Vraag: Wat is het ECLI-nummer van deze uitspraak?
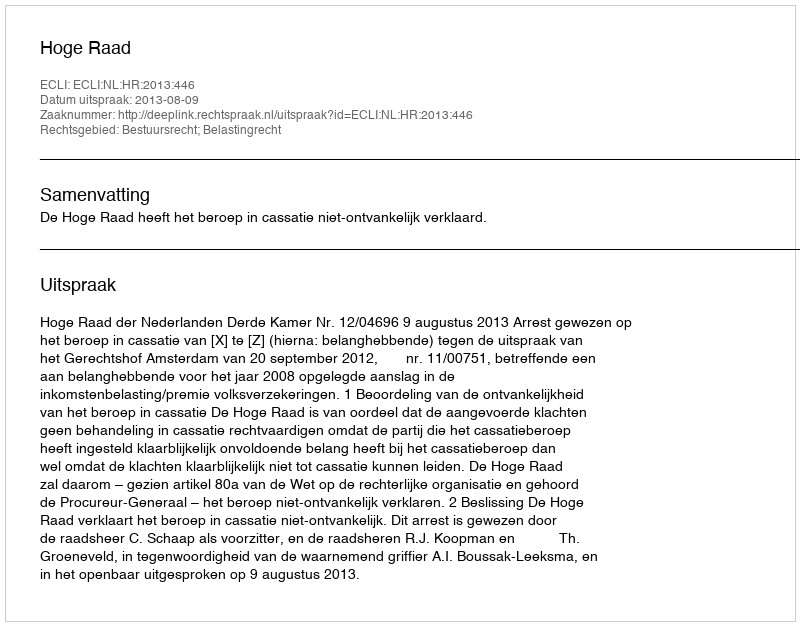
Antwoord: ECLI:NL:HR:2013:446